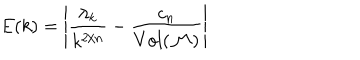
E ( k ) = \left| \frac { \lambda _ { k } } { k ^ { 2 / n } } - \frac { c _ { n } } { V o l ( { \cal M } ) } \right|